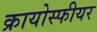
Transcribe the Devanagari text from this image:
क्रायोस्फीयर